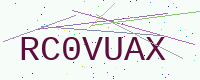
Text: RC0VUAX